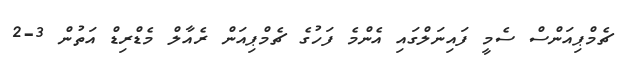
ޗެމްޕިއަންސް ސެމީ ފައިނަލްގައި އެންމެ ފަހުގެ ޗެމްޕިއަން ރެއާލް މެޑްރިޑް އަތުން 3-2